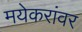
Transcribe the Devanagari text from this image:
मयेकरांवर